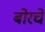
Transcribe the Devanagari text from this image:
बोरचे